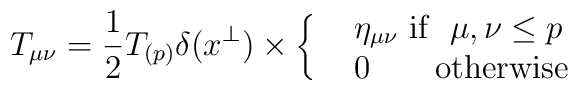
T_{\mu\nu} =  {1\over 2}  T_{(p)}   \delta(x^{\perp}) \times\cases{ &$\eta_{\mu\nu}$\ {\rm if}\ \ $\mu,\nu \leq p$ \cr& $0$ \ \ \ \ \  {\rm otherwise} \cr}